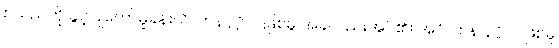
စသည်ကို ခွင့်ပြုတော်မူခန်း၊ ဂိလာနပုဂ္ဂိုလ်ဖြစ်မူ အခဲလည်းအပ်၏။ အဂိလာန ပုဂ္ဂိုလ်ဖြစ်မူ